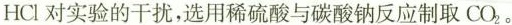
HCl对实验的干扰，选用稀硫酸与碳酸钠反应制取CO_{2}。